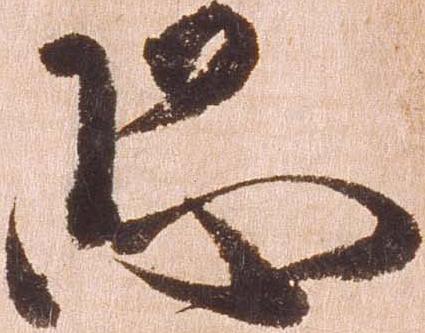
恐